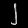
Digit: ၂